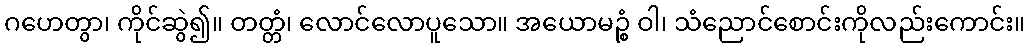
ဂဟေတွာ၊ ကိုင်ဆွဲ၍။ တတ္တံ၊ လောင်လောပူသော။ အယောမဉ္စံ ဝါ၊ သံညောင်စောင်းကိုလည်းကောင်း။